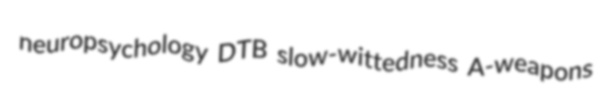
neuropsychology DTB slow-wittedness A-weapons